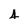
Character: 4